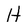
Character: H